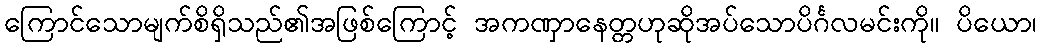
ကြောင်သောမျက်စိရှိသည်၏အဖြစ်ကြောင့် အကဏှာနေတ္တဟုဆိုအပ်သောပိင်္ဂလမင်းကို။ ပိယော၊